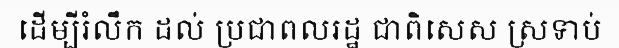
ដើម្បីរំលឹក ដល់ ប្រជាពលរដ្ឋ ជាពិសេស ស្រទាប់